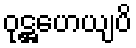
ဝုဋ္ဌဟေယျပိ